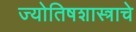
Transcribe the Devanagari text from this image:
ज्योतिषशास्त्राचे